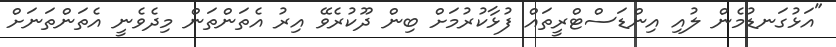
"އަޅުގަނޑުމެން ލުއި އިންޑަސްޓްރީތައް ފުޅާކުރުމަށް ބިން ދޫކުރެވޭ އިރު އެތަންތަން މިދެވެނީ އެތަންތަނަށް